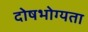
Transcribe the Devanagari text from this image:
दोषभोग्यता